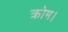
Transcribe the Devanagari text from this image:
क्रोम।